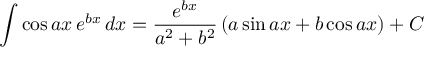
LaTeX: \int \cos a x \, e ^ { b x } \, d x = { \frac { e ^ { b x } } { a ^ { 2 } + b ^ { 2 } } } \left( a \sin a x + b \cos a x \right) + C